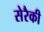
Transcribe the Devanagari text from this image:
सेरैकी